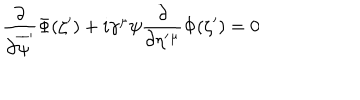
\frac { \partial } { \partial \overline { { { \psi } } } ^ { \prime } } \Phi ( \zeta ^ { \prime } ) + i \gamma ^ { \mu } \psi \frac { \partial } { \partial \eta ^ { \prime } { } ^ { \mu } } \Phi ( \zeta ^ { \prime } ) = 0